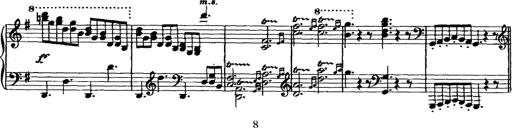
Title: Rondo di bravura
Composer: Franz Liszt